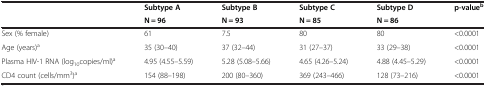
<table><thead><tr><td rowspan="2"><b> </b></td><td><b>Subtype A</b></td><td><b>Subtype B</b></td><td><b>Subtype C</b></td><td><b>Subtype D</b></td><td rowspan="2"><b>p-value<sup>b</sup></b></td></tr><tr><td><b>N = 96</b></td><td><b>N = 93</b></td><td><b>N = 85</b></td><td><b>N = 86</b></td></tr></thead><tbody><tr><td>Sex (% female)</td><td>61</td><td>7.5</td><td>80</td><td>80</td><td>&lt;0.0001</td></tr><tr><td>Age (years)<sup>a</sup></td><td>35 (30–40)</td><td>37 (32–44)</td><td>31 (27–37)</td><td>33 (29–38)</td><td>&lt;0.0001</td></tr><tr><td>Plasma HIV-1 RNA (log<sub>10</sub>copies/ml)<sup>a</sup></td><td>4.95 (4.55–5.59)</td><td>5.28 (5.08–5.66)</td><td>4.65 (4.26–5.24)</td><td>4.88 (4.45–5.29)</td><td>&lt;0.0001</td></tr><tr><td>CD4 count (cells/mm<sup>3</sup>)<sup>a</sup></td><td>154 (88–198)</td><td>200 (80–360)</td><td>369 (243–466)</td><td>128 (73–216)</td><td>&lt;0.0001</td></tr></tbody></table>